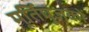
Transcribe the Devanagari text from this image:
मूर्तिपूजकों